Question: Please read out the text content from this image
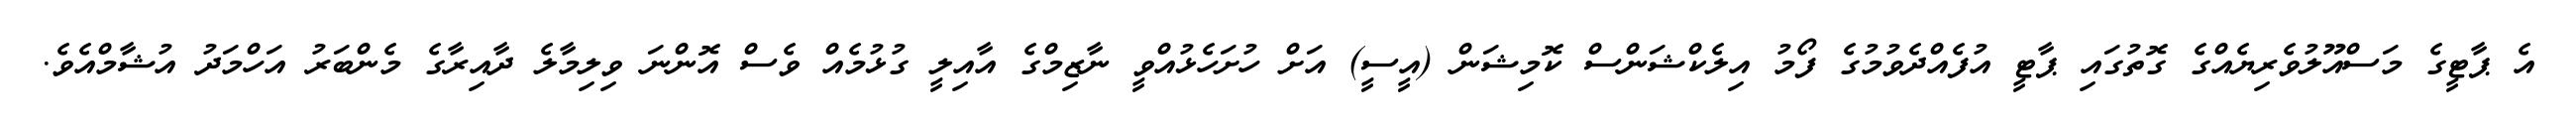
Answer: އެ ޕާޓީގެ މަސްއޫލުވެރިޔެއްގެ ގޮތުގައި ޕާޓީ އުފެއްދެވުމުގެ ފޯމު އިލެކްޝަންސް ކޮމިޝަން (އީސީ) އަށް ހުށަހެޅުއްވީ ނާޒިމްގެ އާއިލީ ގުޅުމެއް ވެސް އޮންނަ ވިލިމާލެ ދާއިރާގެ މެންބަރު އަހްމަދު އުޝާމްއެވެ.